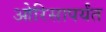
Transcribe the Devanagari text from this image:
ओरिसापर्यंत